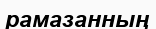
рамазанның